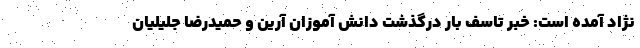
نژاد آمده است: خبر تاسف بار درگذشت دانش آموزان آرین و حمیدرضا جلیلیان